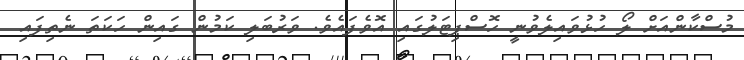
މުސްކާންއަށް ލޯ ހުޅުވައިލެވުނީ ހޮސްޕިޓަލުގައި އޮވެފައެވެ. ވަރުބަލި ކަމުން ގައިން ހަކަތަ ނެތިފައި